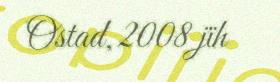
Ostad, 2008 jïh